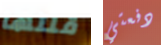
قلتها دفعتي